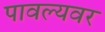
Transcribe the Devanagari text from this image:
पावल्यवर